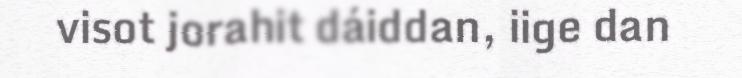
visot jorahit dáiddan, iige dan